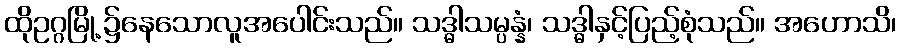
ထိုဥဂ္ဂမြို့၌နေသောလူအပေါင်းသည်။ သဒ္ဓါသမ္ပန္နံ၊ သဒ္ဓါနှင့်ပြည့်စုံသည်။ အဟောသိ၊